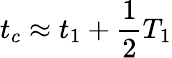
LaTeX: t_{c}\approx t_{1}+\frac{1}{2}T_{1}